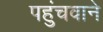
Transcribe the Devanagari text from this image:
पहुंचवाने